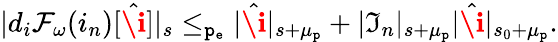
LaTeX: \begin{array}{r}{|d_{i}\mathcal{F}_{\omega}(i_{n})[\hat{\textbf{\i}}]|_{s}\le_{\mathtt{p_{e}}}|\hat{\textbf{\i}}|_{s+\mu_{\mathtt{p}}}+|\mathfrak{I}_{n}|_{s+\mu_{\mathtt{p}}}|\hat{\textbf{\i}}|_{s_{0}+\mu_{\mathtt{p}}}.}\end{array}